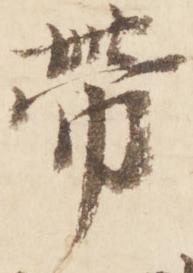
帯